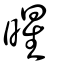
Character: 暒